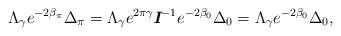
\begin{align*} \Lambda _{\gamma}e^{-2\beta _\pi }\Delta _\pi = \Lambda _{\gamma}e^{2\pi\gamma}\textit{\textbf{I}}^{-1}e^{-2\beta _0}\Delta _0 = \Lambda _{\gamma}e^{-2\beta _0}\Delta _0,\end{align*}